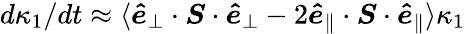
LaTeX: d\kappa_{1}/dt\approx\langle\boldsymbol{\hat{e}}_{\perp}\cdot\boldsymbol{S}\cdot\boldsymbol{\hat{e}}_{\perp}-2\boldsymbol{\hat{e}}_{\parallel}\cdot\boldsymbol{S}\cdot\boldsymbol{\hat{e}}_{\parallel}\rangle\kappa_{1}